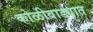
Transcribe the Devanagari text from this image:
कोळीवाड्यात